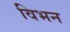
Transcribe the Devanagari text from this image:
विभन